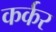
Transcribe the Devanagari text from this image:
कर्कर